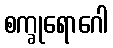
စက္ခုရောဂေါ